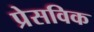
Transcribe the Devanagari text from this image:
प्रेसविक